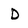
Character: D